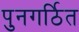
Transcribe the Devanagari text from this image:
पुनगर्ठित